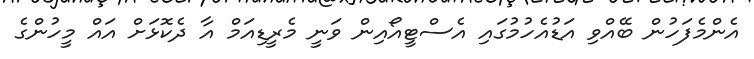
އެންމެފަހުން ބޭއްވި އަޑުއެހުމުގައި އެސްޓީއޯއިން ވަނީ މެރީޑިއަމް އާ ދެކޮޅަށް އައް މީހުންގެ